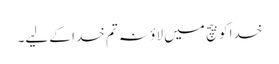
خدا کو بیچ میں لاؤ نہ تم خدا کے لیے۔